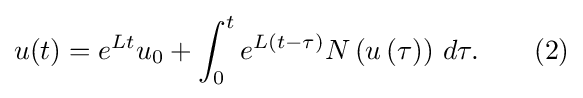
u(t)=e^{Lt}u_{0}+\int _{0}^{t}e^{L(t-\tau )}N\left(u\left(\tau \right)\right)\,d\tau .\qquad (2)